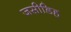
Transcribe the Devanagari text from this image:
जसीडिह